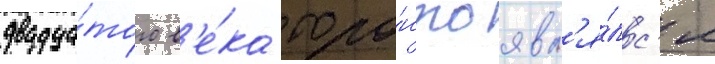
двадца́того в'е́ка торо́нто явл'я́лс'я